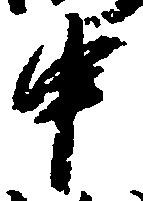
申